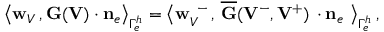
\begin{array} { r } { \big \langle { { \bf w } _ { V } } \, , { \bf G } ( { \bf V } ) \cdot { { \bf n } } _ { e } \big \rangle _ { \Gamma _ { e } ^ { h } } = \big \langle { { \bf w } } _ { V } ^ { \, \, \, - } \, , \, \overline { { { \bf G } } } ( { { \bf V } } ^ { - } , { { \bf V } } ^ { + } ) \, \cdot { { \bf n } } _ { e } \ \big \rangle _ { \Gamma _ { e } ^ { h } } \, , } \end{array}